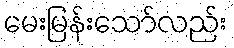
မေးမြန်းသော်လည်း